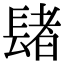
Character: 𨲘